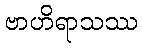
ဗာဟိရာသဿ